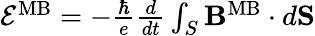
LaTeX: \begin{array}{r}{{\cal E}^{\mathrm{MB}}=-{\frac{\hbar}{e}}{\frac{d}{dt}}\int_{S}{\mathbf B}^{\mathrm{MB}}\cdot d{\mathbf S}}\end{array}